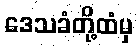
ဒေသခံတို့ထံမှ